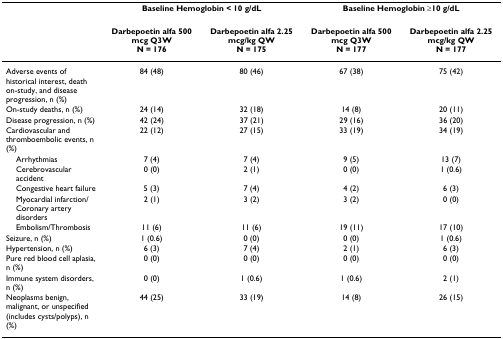
|  | <COLSPAN=2> Baseline Hemoglobin < 10 g/dL | <COLSPAN=2> Baseline Hemoglobin ≥10 g/dL |
 |  | Darbepoetin alfa 500 mcg Q3WN = 176 | Darbepoetin alfa 2.25 mcg/kg QWN = 175 | Darbepoetin alfa 500 mcg Q3WN = 177 | Darbepoetin alfa 2.25 mcg/kg QWN = 177 |
 | --- | --- | --- | --- | --- |
 | Adverse events of historical interest, death on-study, and disease progression, n (%) | 84 (48) | 80 (46) | 67 (38) | 75 (42) |
 | On-study deaths, n (%) | 24 (14) | 32 (18) | 14 (8) | 20 (11) |
 | Disease progression, n (%) | 42 (24) | 37 (21) | 29 (16) | 36 (20) |
 | Cardiovascular and thromboembolic events, n (%) | 22 (12) | 27 (15) | 33 (19) | 34 (19) |
 | Arrhythmias | 7 (4) | 7 (4) | 9 (5) | 13 (7) |
 | Cerebrovascular accident | 0 (0) | 2 (1) | 0 (0) | 1 (0.6) |
 | Congestive heart failure | 5 (3) | 7 (4) | 4 (2) | 6 (3) |
 | Myocardial infarction/Coronary artery disorders | 2 (1) | 3 (2) | 3 (2) | 0 (0) |
 | Embolism/Thrombosis | 11 (6) | 11 (6) | 19 (11) | 17 (10) |
 | Seizure, n (%) | 1 (0.6) | 0 (0) | 0 (0) | 1 (0.6) |
 | Hypertension, n (%) | 6 (3) | 7 (4) | 2 (1) | 6 (3) |
 | Pure red blood cell aplasia, n (%) | 0 (0) | 0 (0) | 0 (0) | 0 (0) |
 | Immune system disorders, n (%) | 0 (0) | 1 (0.6) | 1 (0.6) | 2 (1) |
 | Neoplasms benign, malignant, or unspecified (includes cysts/polyps), n (%) | 44 (25) | 33 (19) | 14 (8) | 26 (15) |